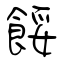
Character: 餒